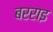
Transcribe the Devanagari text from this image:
बरराइ